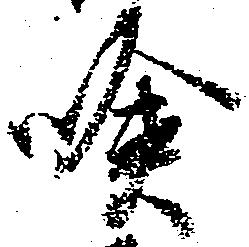
＊